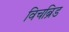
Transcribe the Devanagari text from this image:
विचब्रिड